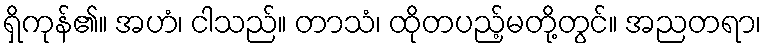
ရှိကုန်၏။ အဟံ၊ ငါသည်။ တာသံ၊ ထိုတပည့်မတို့တွင်။ အညတရာ၊